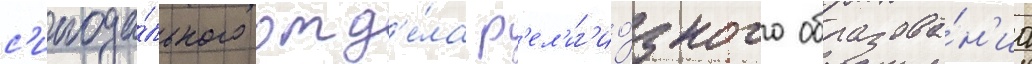
с'инода́льного отд'е́ла р'ел'иг'ио́зного образова́н'иа